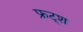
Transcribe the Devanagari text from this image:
फ्रट्श